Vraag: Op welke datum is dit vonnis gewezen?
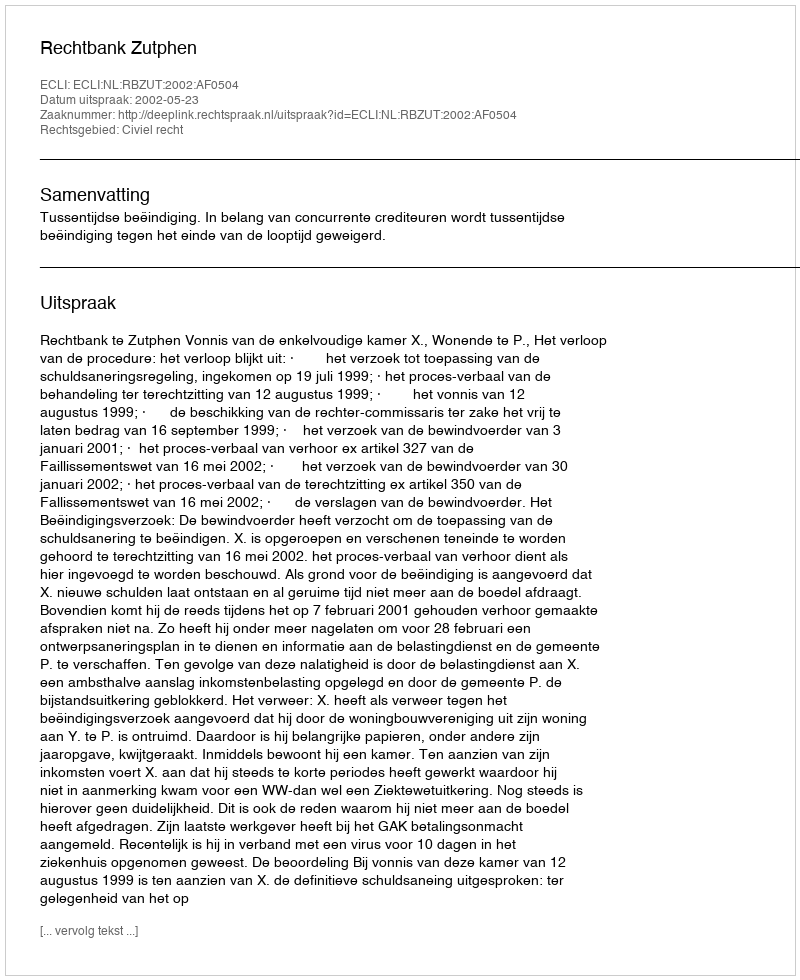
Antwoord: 2002-05-23